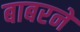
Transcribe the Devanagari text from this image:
बाबरने